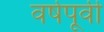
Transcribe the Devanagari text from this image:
वर्षपूर्वी